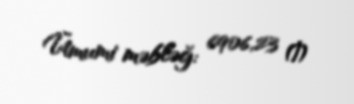
Ümumi məbləğ: 6906,23 ₼